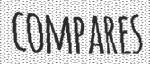
COMPARES